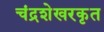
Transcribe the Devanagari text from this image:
चंद्रशेखरकृत